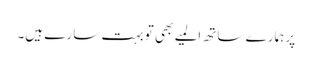
پر ہمارے ساتھ المیے بھی تو بہت سارے ہیں۔